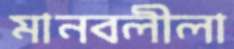
মানবলীলা